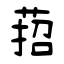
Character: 萔